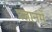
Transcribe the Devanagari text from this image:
प्रज्ञानमें